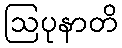
ဩပုနာတိ